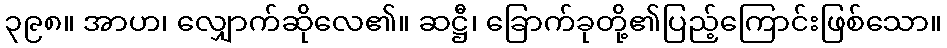
၃၉၈။ အာဟ၊ လျှောက်ဆိုလေ၏။ ဆဋ္ဌီ၊ ခြောက်ခုတို့၏ပြည့်ကြောင်းဖြစ်သော။